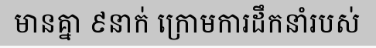
មានគ្នា ៩នាក់ ក្រោមការដឹកនាំរបស់